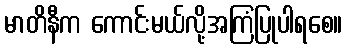
မာတိနီက ကောင်းမယ်လို့အကြံပြုပါရစေ။